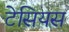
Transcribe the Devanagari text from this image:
टेसियस